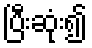
ပြီးဆုံး၍